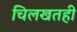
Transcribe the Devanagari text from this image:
चिलखतही